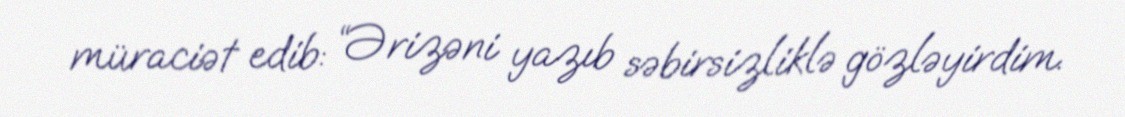
müraciət edib: “Ərizəni yazıb səbirsizliklə gözləyirdim.